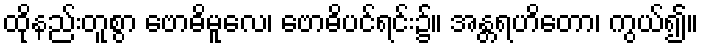
ထိုနည်းတူစွာ ဗောဓိမူလေ၊ ဗောဓိပင်ရင်း၌။ အန္တရဟိတော၊ ကွယ်၍။